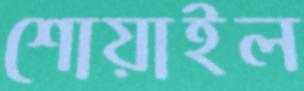
শোয়াইল